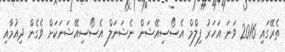
ތެރޭގައި 2016 ވަނަ އަހަރު ފިލްމް އެސޯސިއޭޝަން ނެޝަނަލް އެސޯސިއޭޝަނަކަށް ވެގެން ދިއުމާއި